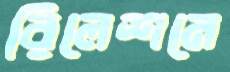
রিলেশনে